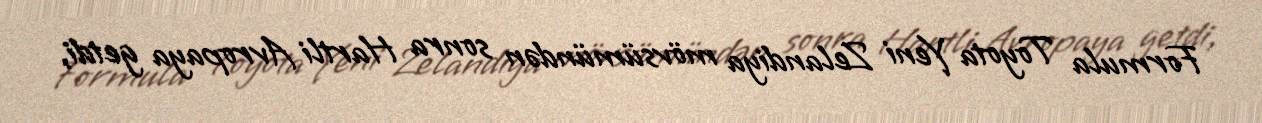
Formula Toyota Yeni Zelandiya mövsümündən sonra Hartli Avropaya getdi,